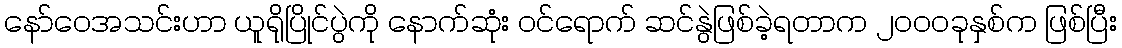
နော်ဝေအသင်းဟာ ယူရိုပြိုင်ပွဲကို နောက်ဆုံး ဝင်ရောက် ဆင်နွဲဖြစ်ခဲ့ရတာက ၂၀၀၀ခုနှစ်က ဖြစ်ပြီး